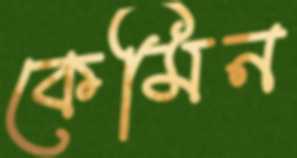
কেমিন